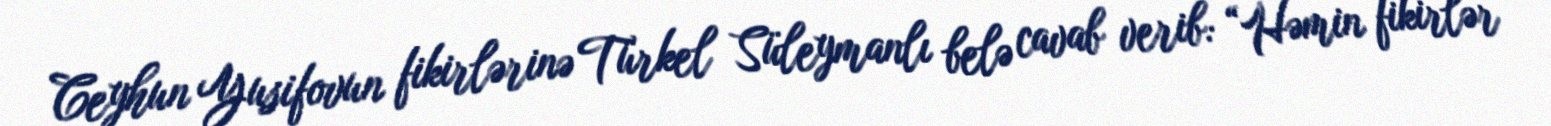
Ceyhun Yusifovun fikirlərinə Türkel Süleymanlı belə cavab verib: “Həmin fikirlər